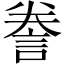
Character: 誊